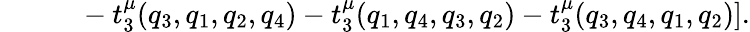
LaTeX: ~~~~~~~~~~~-t_{3}^{\mu}(q_{3},q_{1},q_{2},q_{4})-t_{3}^{\mu}(q_{1},q_{4},q_{3},q_{2})-t_{3}^{\mu}(q_{3},q_{4},q_{1},q_{2})].